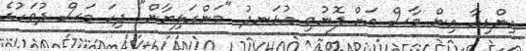
އިންޑިއާ އިން މާސް އަށް ފޮނުވި އުޅަނދު "މަންގަލިޔާން" ދިހަ މަސް ދުވަހުގެ